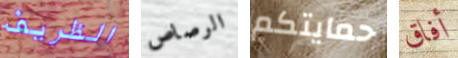
الظريف الرصاص حمايتكم أفاق